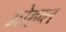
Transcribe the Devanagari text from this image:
मोहब्त